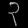
Digit: ၃